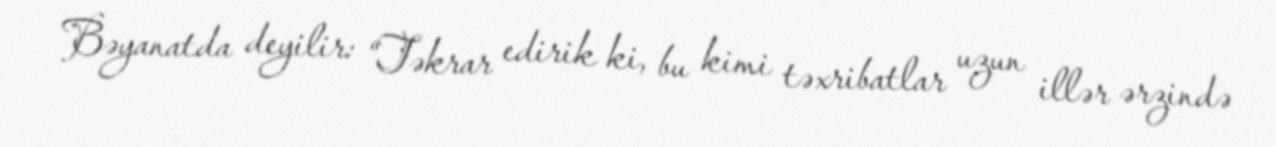
Bəyanatda deyilir: “Təkrar edirik ki, bu kimi təxribatlar uzun illər ərzində